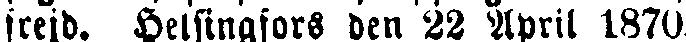
frejd. Helsingfors den 22 April 1870